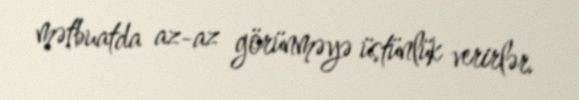
mətbuatda az-az görünməyə üstünlük verirlər.